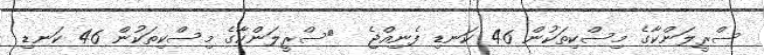
ސްރީލަންކާގެ މިސްކިތަކުން 46 ކަނޑި ފެނިއްޖެ  	ސްރީލަންކާގެ މިސްކިތަކުން 46 ކަނޑި